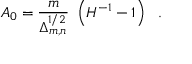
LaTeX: A _ { 0 } = \frac { m } { \Delta _ { m , n } ^ { 1 / 2 } } ~ \left( { H } ^ { - 1 } - 1 \right) ~ ~ .